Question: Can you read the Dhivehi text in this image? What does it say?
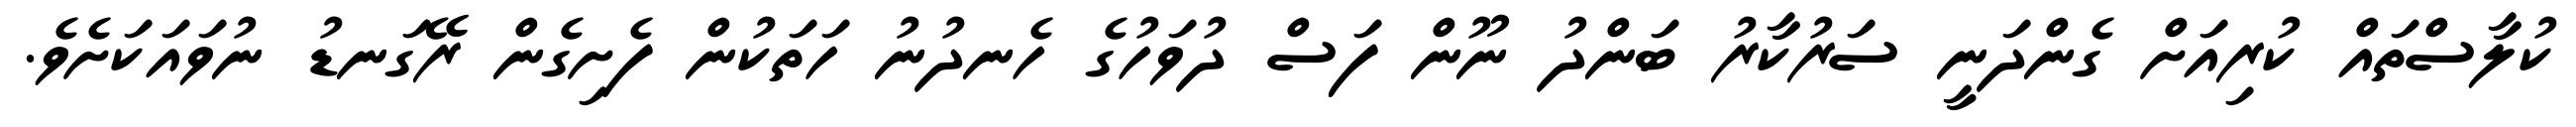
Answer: ކުލާސްތައް ކުރިއަށް ގެންދަނީ ސަރުކާރު ބަންދު ނޫން ފަސް ދުވަހުގެ ހެނދުނު ހަތަކުން ފެށިގެން ރޭގަނޑު ނުވައަކަށެވެ.